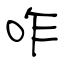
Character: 咋